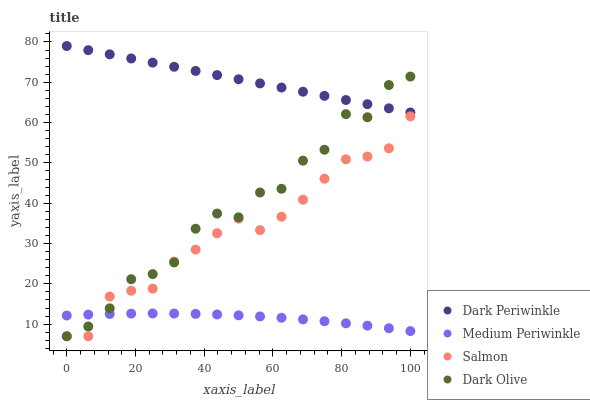
| xaxis_label | Dark Periwinkle | Medium Periwinkle | Salmon | Dark Olive |
 | --- | --- | --- | --- | --- |
 | 0 | 79 | 12.1 | 7 | 7 |
 | 6.25 | 78 | 12.4 | 7 | 9.43 |
 | 12.5 | 76.9 | 12.5 | 16.9 | 13.9 |
 | 18.8 | 75.9 | 12.6 | 18.3 | 21.2 |
 | 25 | 74.9 | 12.7 | 18.8 | 22.4 |
 | 31.2 | 73.8 | 12.6 | 25.5 | 25.3 |
 | 37.5 | 72.8 | 12.5 | 28.5 | 33.7 |
 | 43.8 | 71.8 | 12.4 | 32.6 | 37.4 |
 | 50 | 70.8 | 12.2 | 36.2 | 36.5 |
 | 56.2 | 69.7 | 11.9 | 33.3 | 42.7 |
 | 62.5 | 68.7 | 11.6 | 36.7 | 43.6 |
 | 68.8 | 67.7 | 11.2 | 40.9 | 50.6 |
 | 75 | 66.6 | 10.7 | 46.1 | 53.3 |
 | 81.2 | 65.6 | 10.2 | 50.9 | 62.1 |
 | 87.5 | 64.6 | 9.63 | 51.6 | 61.3 |
 | 93.8 | 63.5 | 8.99 | 53.6 | 69.3 |
 | 100 | 62.5 | 8.28 | 61.6 | 71.4 |